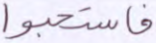
فاستحبوا